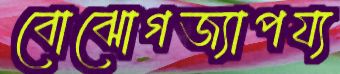
বোঝোগজ্যাপয্য